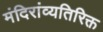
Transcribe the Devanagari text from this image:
मंदिरांव्यतिरिक्त